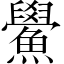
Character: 鱟